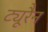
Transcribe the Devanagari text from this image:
ट्यूरैन